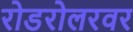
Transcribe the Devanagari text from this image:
रोडरोलरवर